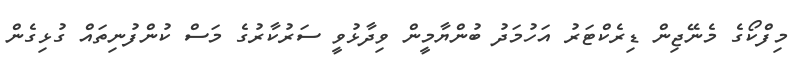
މިފްކޯގެ މެނޭޖިން ޑިރެކްޓަރު އަހުމަދު ބުންޔާމީން ވިދާޅުވީ ސަރުކާރުގެ މަސް ކުންފުނިތައް ގުޅިގެން